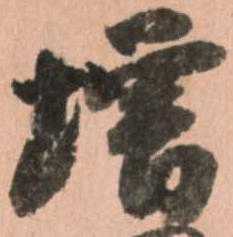
増